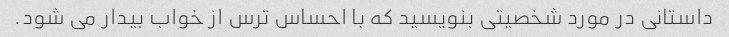
داستانی در مورد شخصیتی بنویسید که با احساس ترس از خواب بیدار می شود.